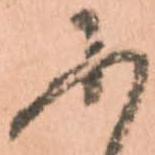
に